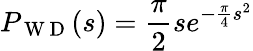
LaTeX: P_{\mathrm{~W~D~}}(s)=\frac{\pi}{2}se^{-\frac{\pi}{4}s^{2}}